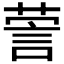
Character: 𰴯